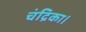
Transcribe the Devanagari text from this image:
चंद्रिका।